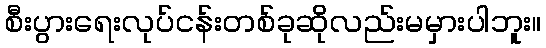
စီးပွားရေးလုပ်ငန်းတစ်ခုဆိုလည်းမမှားပါဘူး။